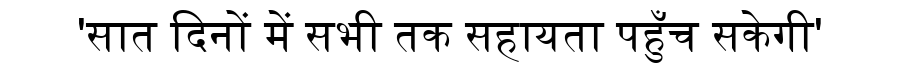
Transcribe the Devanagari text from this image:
'सात दिनों में सभी तक सहायता पहुँच सकेगी'